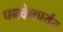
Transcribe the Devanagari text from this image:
पनवेलपर्यंत